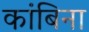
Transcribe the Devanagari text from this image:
कांबिना